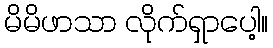
မိမိဖာသာ လိုက်ရှာပေါ့။